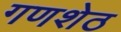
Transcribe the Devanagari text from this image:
गणशेठ